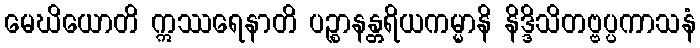
မေဃိယောတိ ဣဿရေနာတိ ပဉ္စာနန္တရိယကမ္မာနိ နိဒ္ဒိသိတဗ္ဗပ္ပကာသနံ